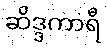
ဆိဒ္ဒကာရီ